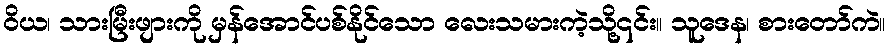
ဝိယ၊ သားမြီးဖျားကို မှန်အောင်ပစ်နိုင်သော လေးသမားကဲ့သို့၎င်း။ သူဒေန၊ စားတော်ကဲ။